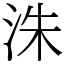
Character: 洙